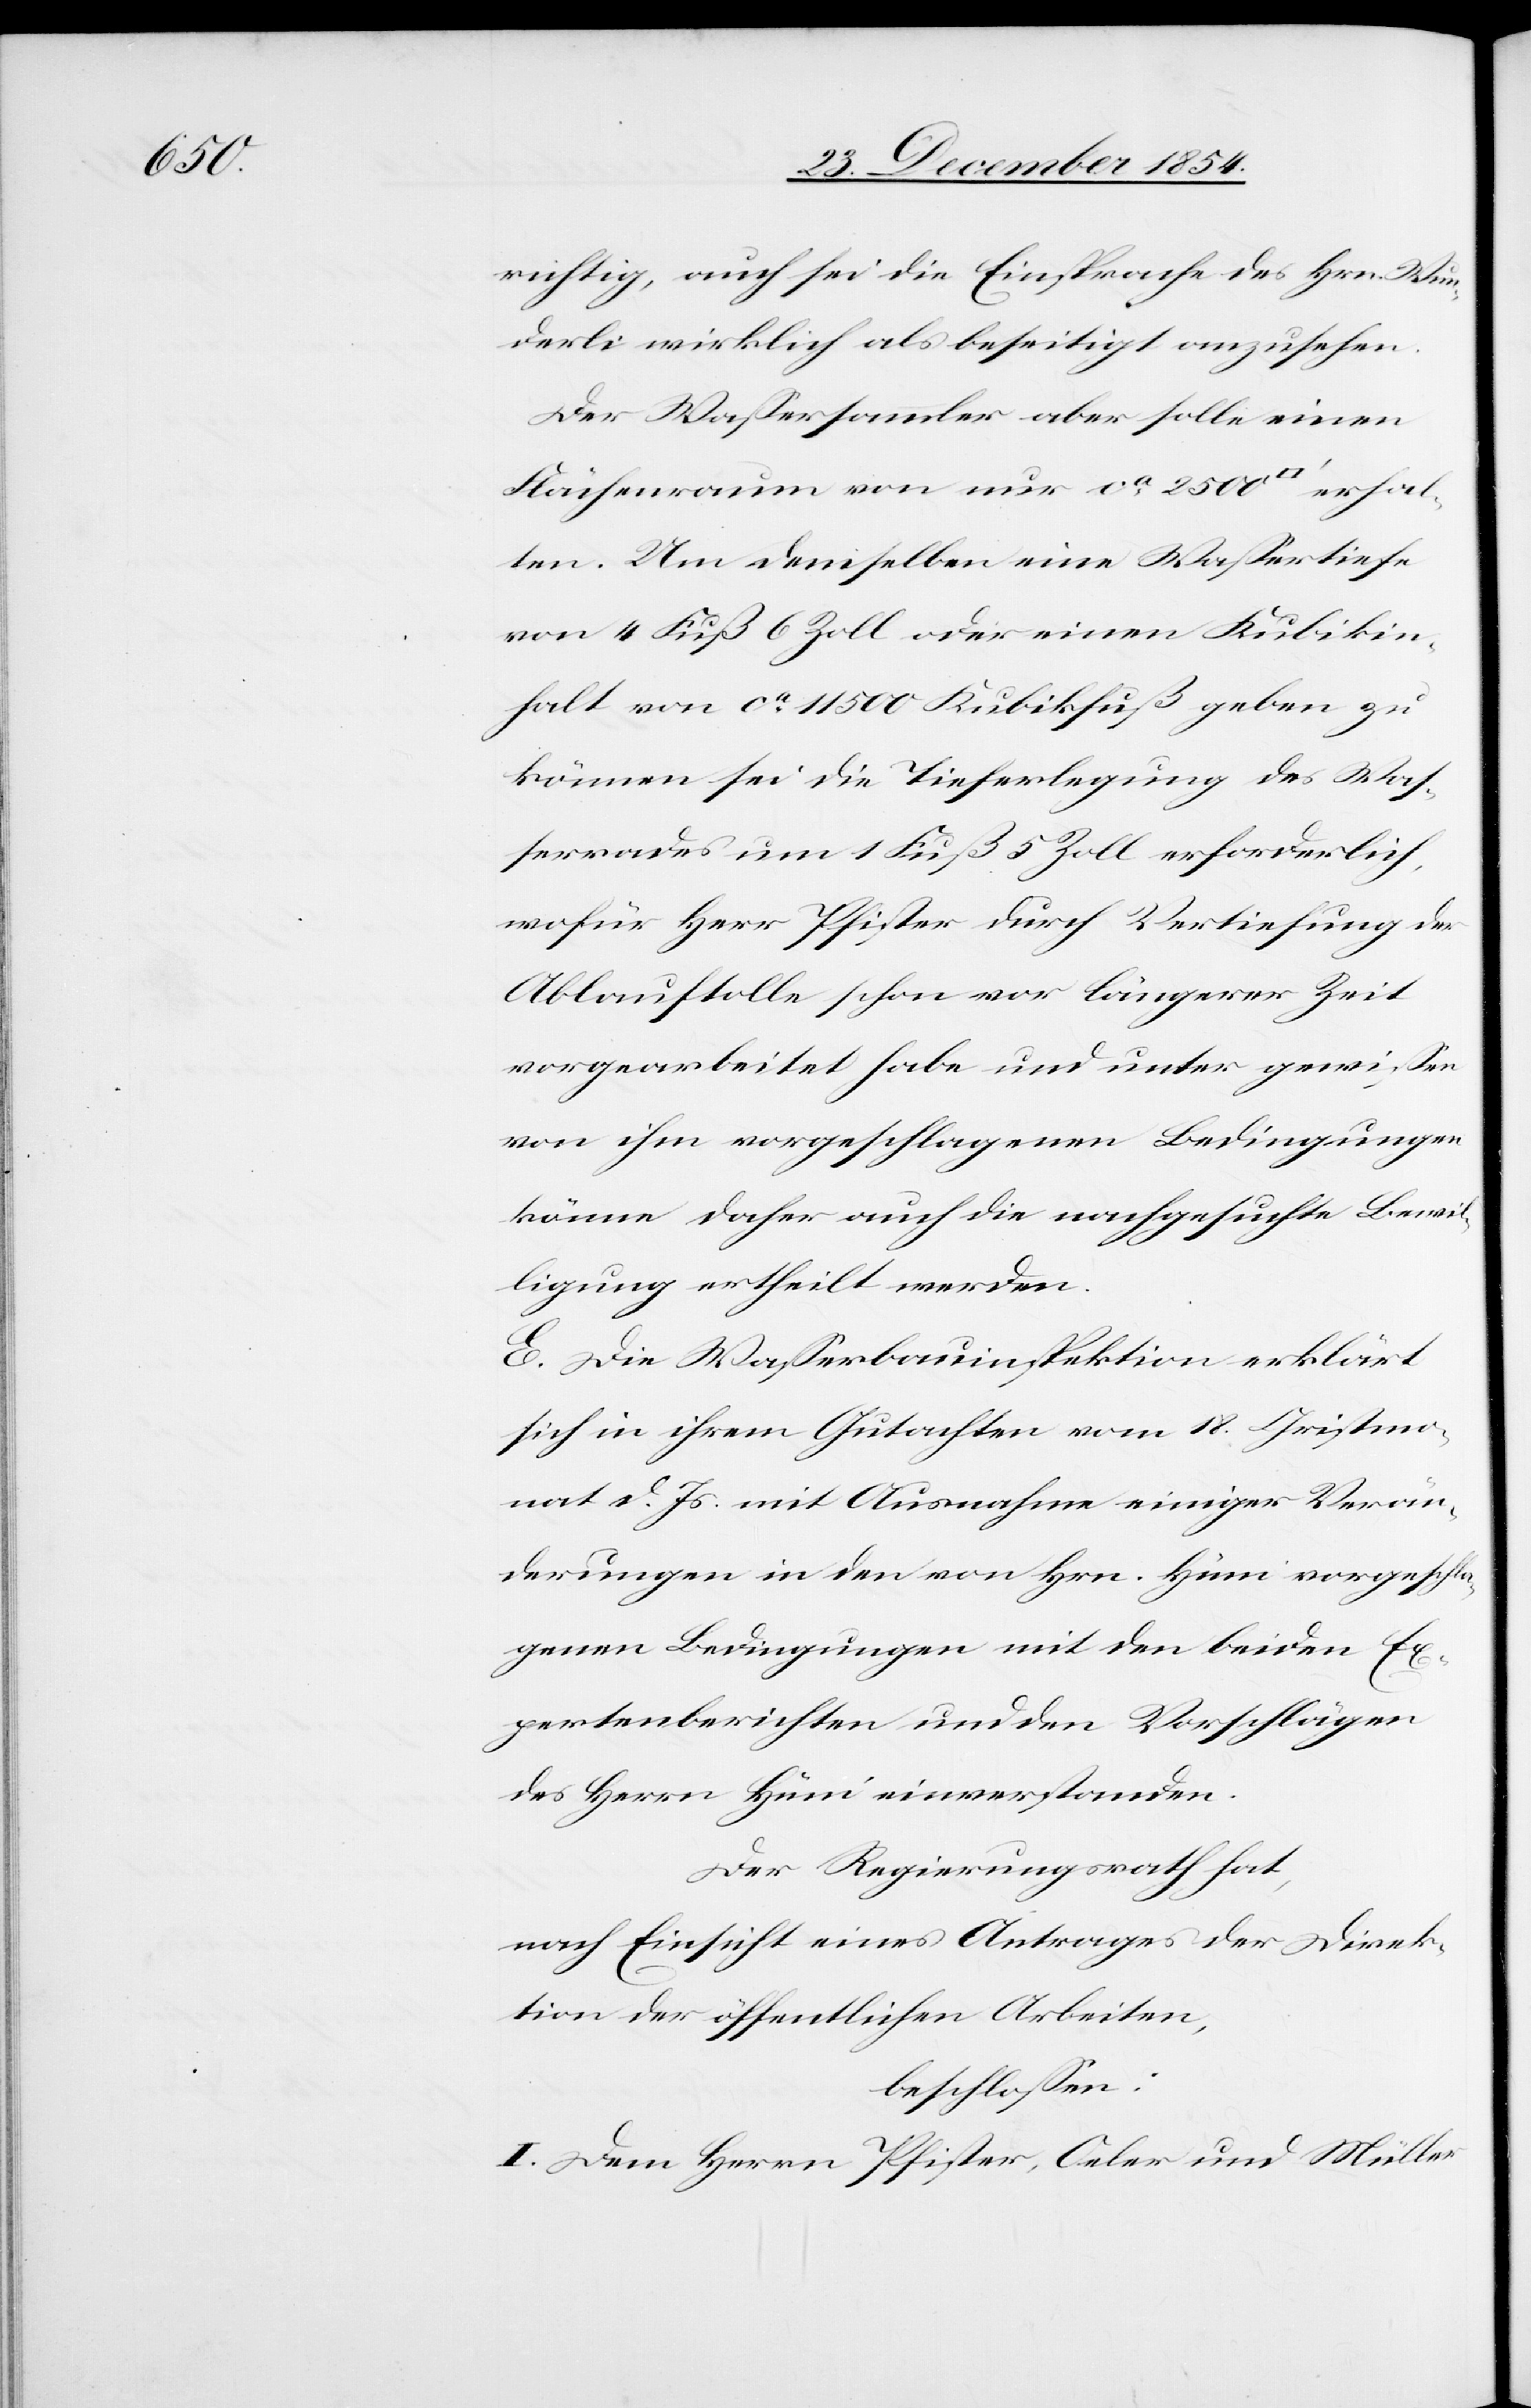
richtig, auch sei die Einsprache des Hrn. Wun¬
derli wirklich als beseitigt anzusehen.
Der Waßersammler aber sollte einen
Flächenraum von nur ca 2500 [Quadratfuß] erhal¬
ten. Um demselben eine Waßertiefe
von 4 Fuß 6 Zoll oder einen Kubikin¬
halt von ca 11 500 Kubikfuß geben zu
können sei die Tieferlegung des Waß¬
errades um 1 Fuß 5 Zoll erforderlich,
wofür Herr Pfister durch Vertiefung der
Ablauftolle schon vor längerer Zeit
vorgearbeitet habe und unter gewißen
von ihm vorgeschlagenen Bedingungen
könne daher auch die nachgesuchte Bewil¬
ligung ertheilt werden.
E. Die Waßerbauinspektion erklärt
sich in ihrem Gutachten vom 18. Christmo¬
nat d. Js: mit Ausnahme einiger Verän¬
derungen in den von Hrn. Hüni vorgeschla¬
genen Bedingungen mit den beiden Ex¬
pertenberichten und den Vorschlägen
des Herrn Hüni einverstanden.
Der Regierungsrath hat,
nach Einsicht eines Antrages der Direk¬
tion der öffentlichen Arbeiten,
beschloßen:
I. Dem Herrn Pfister, Oeler und Müller